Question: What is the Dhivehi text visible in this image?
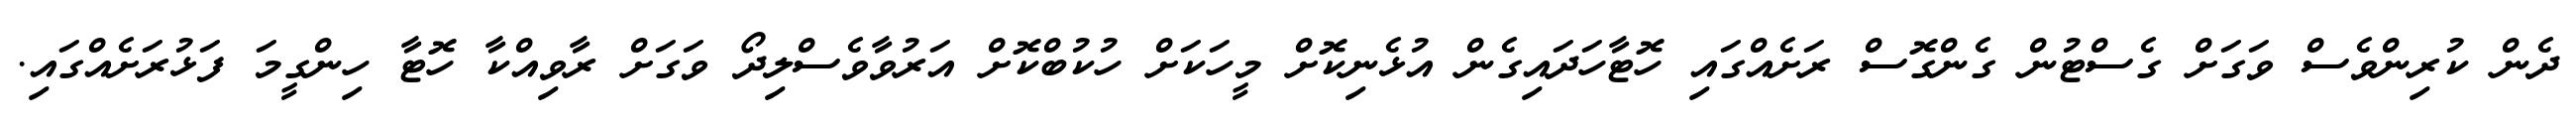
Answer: ދެން ކުރިންވެސް ވަގަށް ގެސްޓުން ގެންގޮސް ރަށެއްގައި ހޮޓާހަދައިގެން އުޅެނިކޮށް މީހަކަށް ހުކުބްކޮށް އަރުވާވެސްލިދޯ ވަގަށް ރާވިއްކާ ހޮޓާ ހިންގީމަ ފަޅުރަށެއްގައި.